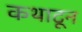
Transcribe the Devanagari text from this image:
कथाटून